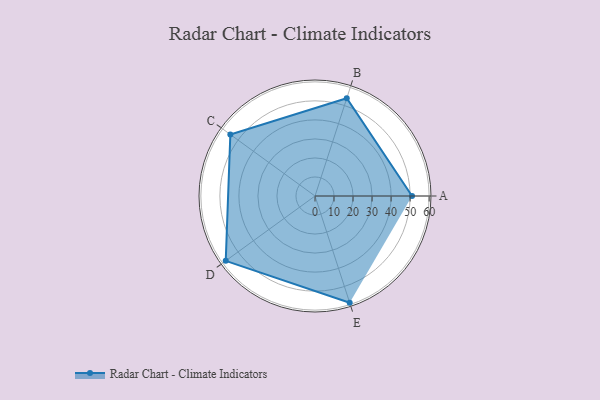
{"axis": {"x": "Skill", "y": "Score"}, "legend": ["Profile"], "data": [{"x": "A", "y": 51.0, "type": "Profile"}, {"x": "B", "y": 54.0, "type": "Profile"}, {"x": "C", "y": 55.0, "type": "Profile"}, {"x": "D", "y": 58.0, "type": "Profile"}, {"x": "E", "y": 59.0, "type": "Profile"}]}